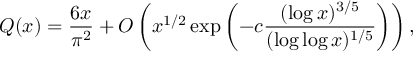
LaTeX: Q ( x ) = { \frac { 6 x } { \pi ^ { 2 } } } + O \left( x ^ { 1 / 2 } \exp \left( - c { \frac { ( \log x ) ^ { 3 / 5 } } { ( \log \log x ) ^ { 1 / 5 } } } \right) \right) ,